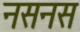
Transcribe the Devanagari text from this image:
नसनस